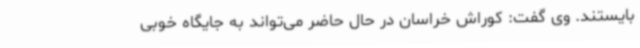
بایستند. وی گفت: کوراش خراسان در حال حاضر می‌تواند به جایگاه خوبی